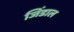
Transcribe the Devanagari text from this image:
जिंडाल